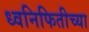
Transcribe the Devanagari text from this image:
ध्वनिफितीच्या